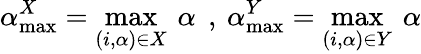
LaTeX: \alpha_{\operatorname*{max}}^{X}=\operatorname*{max}_{(i,\alpha)\in X}\: \alpha\: \: ,\: \alpha_{\operatorname*{max}}^{Y}=\operatorname*{max}_{(i,\alpha)\in Y}\: \alpha